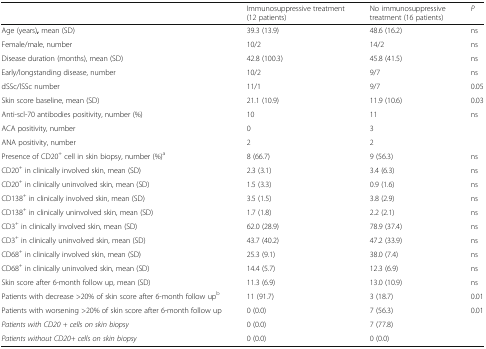
<table><thead><tr><td></td><td><b>Immunosuppressive treatment (12 patients)</b></td><td><b>No immunosuppressive treatment (16 patients)</b></td><td><b><i>P</i></b></td></tr></thead><tbody><tr><td>Age (years)<b>,</b> mean (SD)</td><td>39.3 (13.9)</td><td>48.6 (16.2)</td><td>ns</td></tr><tr><td>Female/male, number</td><td>10/2</td><td>14/2</td><td>ns</td></tr><tr><td>Disease duration (months), mean (SD)</td><td>42.8 (100.3)</td><td>45.8 (41.5)</td><td>ns</td></tr><tr><td>Early/longstanding disease, number</td><td>10/2</td><td>9/7</td><td>ns</td></tr><tr><td>dSSc/lSSc number</td><td>11/1</td><td>9/7</td><td>0.05</td></tr><tr><td>Skin score baseline, mean (SD)</td><td>21.1 (10.9)</td><td>11.9 (10.6)</td><td>0.03</td></tr><tr><td>Anti-scl-70 antibodies positivity, number (%)</td><td>10</td><td>11</td><td rowspan="3">ns</td></tr><tr><td>ACA positivity, number</td><td>0</td><td>3</td></tr><tr><td>ANA positivity, number</td><td>2</td><td>2</td></tr><tr><td>Presence of CD20<sup>+</sup> cell in skin biopsy, number (%)<sup>a</sup></td><td>8 (66.7)</td><td>9 (56.3)</td><td>ns</td></tr><tr><td>CD20<sup>+</sup> in clinically involved skin, mean (SD)</td><td>2.3 (3.1)</td><td>3.4 (6.3)</td><td>ns</td></tr><tr><td>CD20<sup>+</sup> in clinically uninvolved skin, mean (SD)</td><td>1.5 (3.3)</td><td>0.9 (1.6)</td><td>ns</td></tr><tr><td>CD138<sup>+</sup> in clinically involved skin, mean (SD)</td><td>3.5 (1.5)</td><td>3.8 (2.9)</td><td>ns</td></tr><tr><td>CD138<sup>+</sup> in clinically uninvolved skin, mean (SD)</td><td>1.7 (1.8)</td><td>2.2 (2.1)</td><td>ns</td></tr><tr><td>CD3<sup>+</sup> in clinically involved skin, mean (SD)</td><td>62.0 (28.9)</td><td>78.9 (37.4)</td><td>ns</td></tr><tr><td>CD3<sup>+</sup> in clinically uninvolved skin, mean (SD)</td><td>43.7 (40.2)</td><td>47.2 (33.9)</td><td>ns</td></tr><tr><td>CD68<sup>+</sup> in clinically involved skin, mean (SD)</td><td>25.3 (9.1)</td><td>38.0 (7.4)</td><td>ns</td></tr><tr><td>CD68<sup>+</sup> in clinically uninvolved skin, mean (SD)</td><td>14.4 (5.7)</td><td>12.3 (6.9)</td><td>ns</td></tr><tr><td>Skin score after 6-month follow up, mean (SD)</td><td>11.3 (6.9)</td><td>13.0 (10.9)</td><td>ns</td></tr><tr><td>Patients with decrease &gt;20% of skin score after 6-month follow up<sup>b</sup></td><td>11 (91.7)</td><td>3 (18.7)</td><td>0.01</td></tr><tr><td>Patients with worsening &gt;20% of skin score after 6-month follow up</td><td>0 (0.0)</td><td>7 (56.3)</td><td rowspan="3">0.01</td></tr><tr><td><i>Patients with CD20 + cells on skin biopsy</i></td><td>0 (0.0)</td><td>7 (77.8)</td></tr><tr><td><i>Patients without CD20+ cells on skin biopsy</i></td><td>0 (0.0)</td><td>0 (0.0)</td></tr></tbody></table>